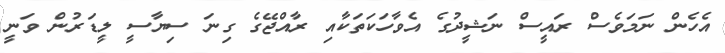
އެހެން ނަމަވެސް ރައީސް ނަޝީދުގެ އެވާހަކަތަކާއި ރާއްޖޭގެ ގިނަ ސިޔާސީ ލީޑަރުން ވަނީ